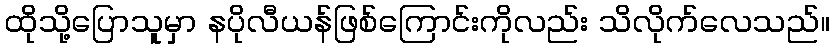
ထိုသို့ပြောသူမှာ နပိုလီယန်ဖြစ်ကြောင်းကိုလည်း သိလိုက်လေသည်။